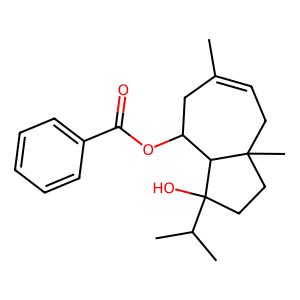
SMILES: CC1=CCC2(C)CCC(O)(C(C)C)C2C(OC(=O)c2ccccc2)C1
Inhibits HIV replication: No